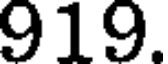
919.